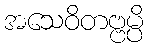
အသေဝိတဗ္ဗမ္ပိ